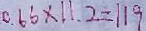
0 . 6 6 \times 1 1 . 2 = 1 1 9